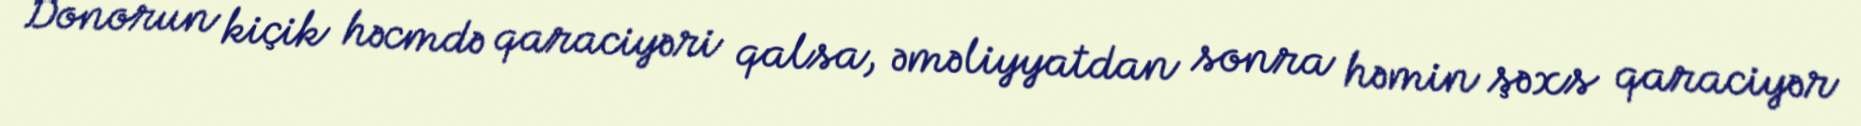
Donorun kiçik həcmdə qaraciyəri qalsa, əməliyyatdan sonra həmin şəxs qaraciyər